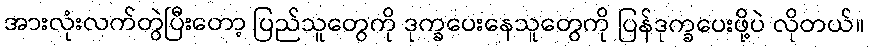
အားလုံးလက်တွဲပြီးတော့ ပြည်သူတွေကို ဒုက္ခပေးနေသူတွေကို ပြန်ဒုက္ခပေးဖို့ပဲ လိုတယ်။